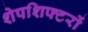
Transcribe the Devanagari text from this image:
शेपशिफ्टरों